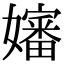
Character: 嬸